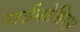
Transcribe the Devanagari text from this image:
राईनोसिरस